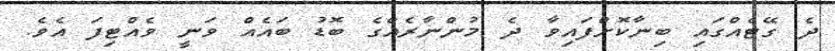
ދެ ގޭޓެއްގައި ބިނާކޮށްފައިވާ ދެ މުންނާރެއްގެ ބޮޑު ބައެއް ވަނީ ވެއްޓިފަ އެވެ.